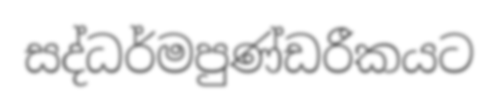
සද්ධර්මපුණ්ඩරීකයට